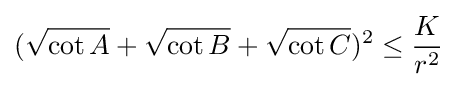
({\sqrt {\cot A}}+{\sqrt {\cot B}}+{\sqrt {\cot C}})^{2}\leq {\frac {K}{r^{2}}}